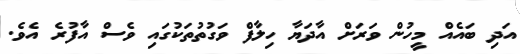
އަދި ބައެއް މީހުން ވަރަށް އާދަޔާ ހިލާފް ވަގުތުތަކުގައި ވެސް އާފުރެ އެވެ.